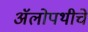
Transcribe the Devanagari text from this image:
अॅलोपथीचे